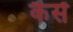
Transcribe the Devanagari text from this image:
कैसें